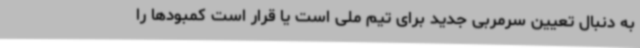
به دنبال تعیین سرمربی جدید برای تیم ملی است یا قرار است کمبودها را